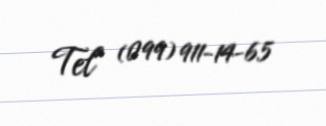
Tel (099) 911-14-65